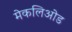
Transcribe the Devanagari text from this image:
मेकलिओड